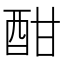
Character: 酣